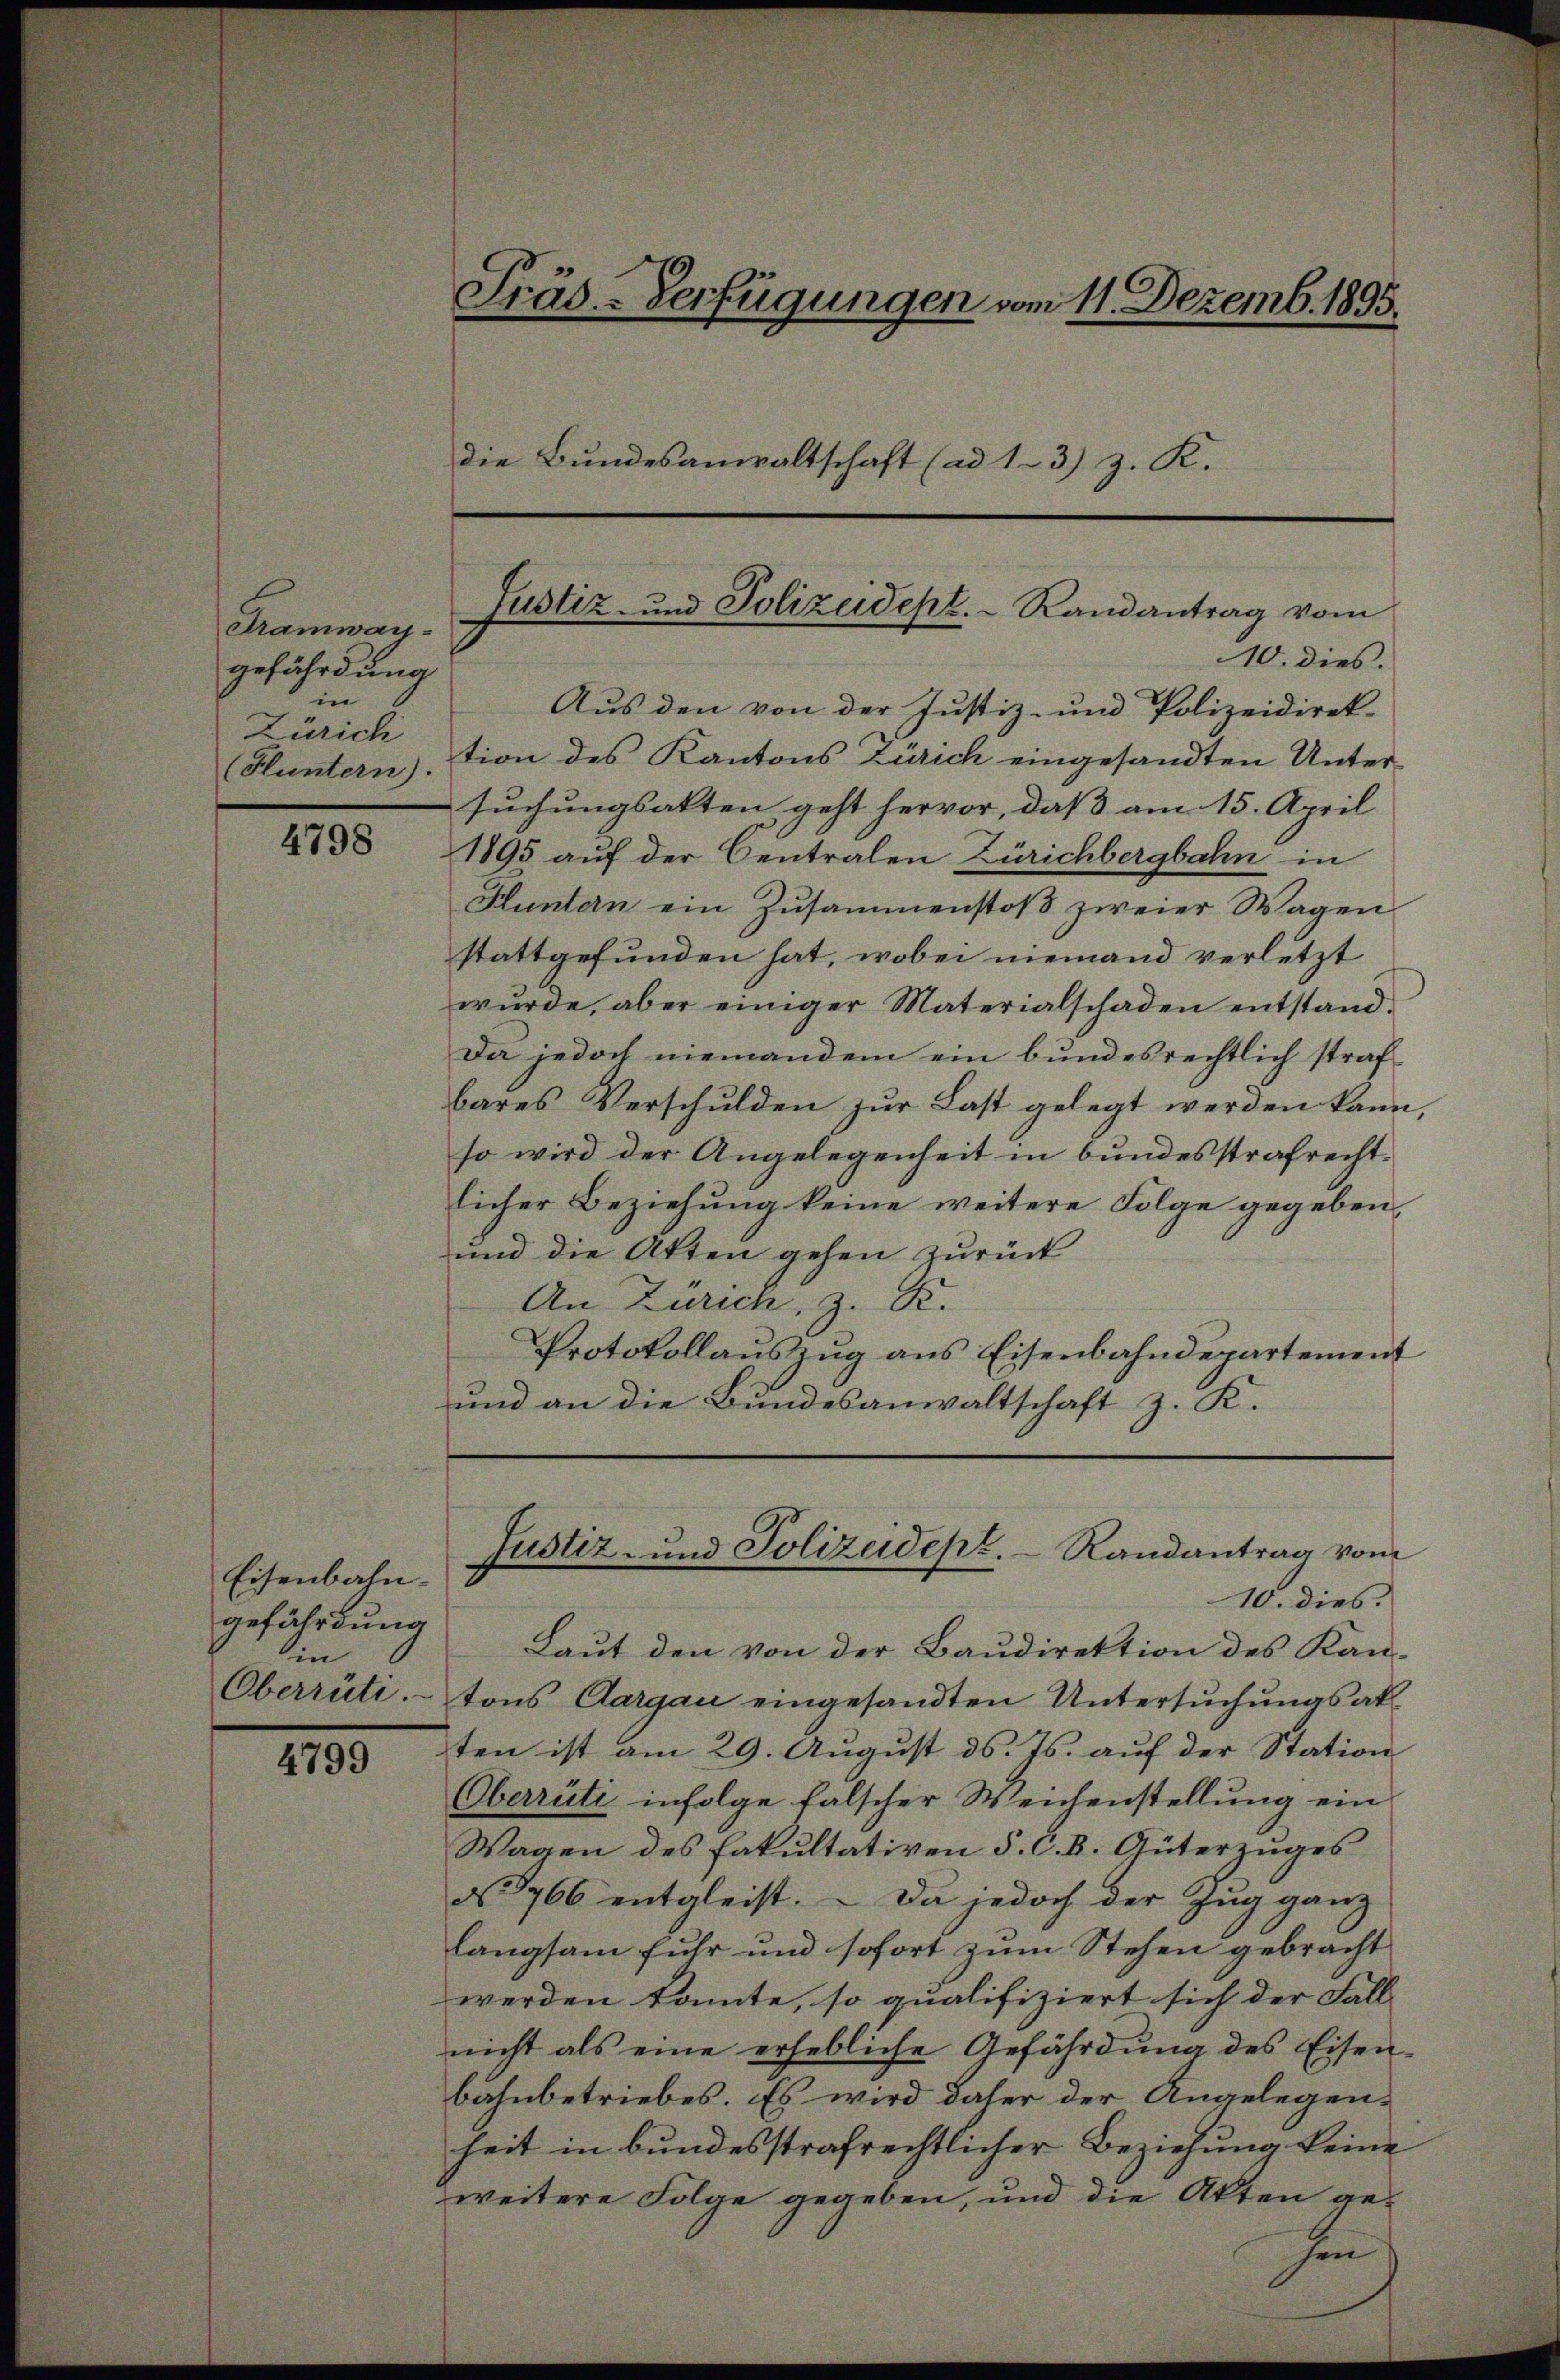
Tramway-
gefährdung
in
Zürich

4798

Eisenbahn-
gefährdung
in
Oberrüti.

4799

Präs.-Verfügungen vom 11. Dezemb. 1895.
die Bundesanwaltschaft (ad 1-3) z. K.

Justiz- und Polizeidept. Randantrag vom

10. dies.
Aus den von der Justiz- und Polizeidirek-
Fluntern). tion des Kantons Zürich eingesandten Unter-
suchungsakten geht hervor, daß am 15. April
1895 auf der Centralen Zürichbergbahn in
Kluntern ein Zusammenstoß zweier Wagen
stattgefunden hat, wobei niemand verletzt
wŭrde, aber einiger Materialschaden entstand¬
Da jedoch niemandem ein bundesrechtlich strafbares Verschulden zur Last gelegt werden kann,
so wird der Angelegenheit in bundesstrafrechtlicher Beziehung keine weitere Folge gegeben,
und die Akten gehen zurück
An Zürich, z. R.
Protokollaŭszŭg ans Eisenbahndepartement
und an die Bundesanwaltschaft z. K.

Justiz- und Polizeidept. Randantrag vom

10. dies.
Laut den von der Baŭdirektion des Kan-
tons Aargau eingesandten Untersuchungsak
ten ist am 29. August d. Js. auf der Station
Oberrüti infolge falscher Weichenstellung ein
Wagen des Fakultativen S. C. B. Güterzuges
No 766 entgleist. – Da jedoch der Zug ganz
langsam fuhr und sofort zum Stehen gebracht
werden konnte, so qualifiziert sich der Fall-
nicht als eine erhebliche Gefährdung des Eisen-
bahnbetriebes. Es wird daher der Angelegen-
heit in bundesstrafrechtlicher Beziehung keine
zweitere Folge gegeben, und die Akten ge-
hin